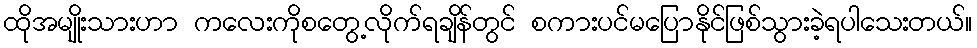
ထိုအမျိုးသားဟာ ကလေးကိုစတွေ့လိုက်ရချိန်တွင် စကားပင်မပြောနိုင်ဖြစ်သွားခဲ့ရပါသေးတယ်။